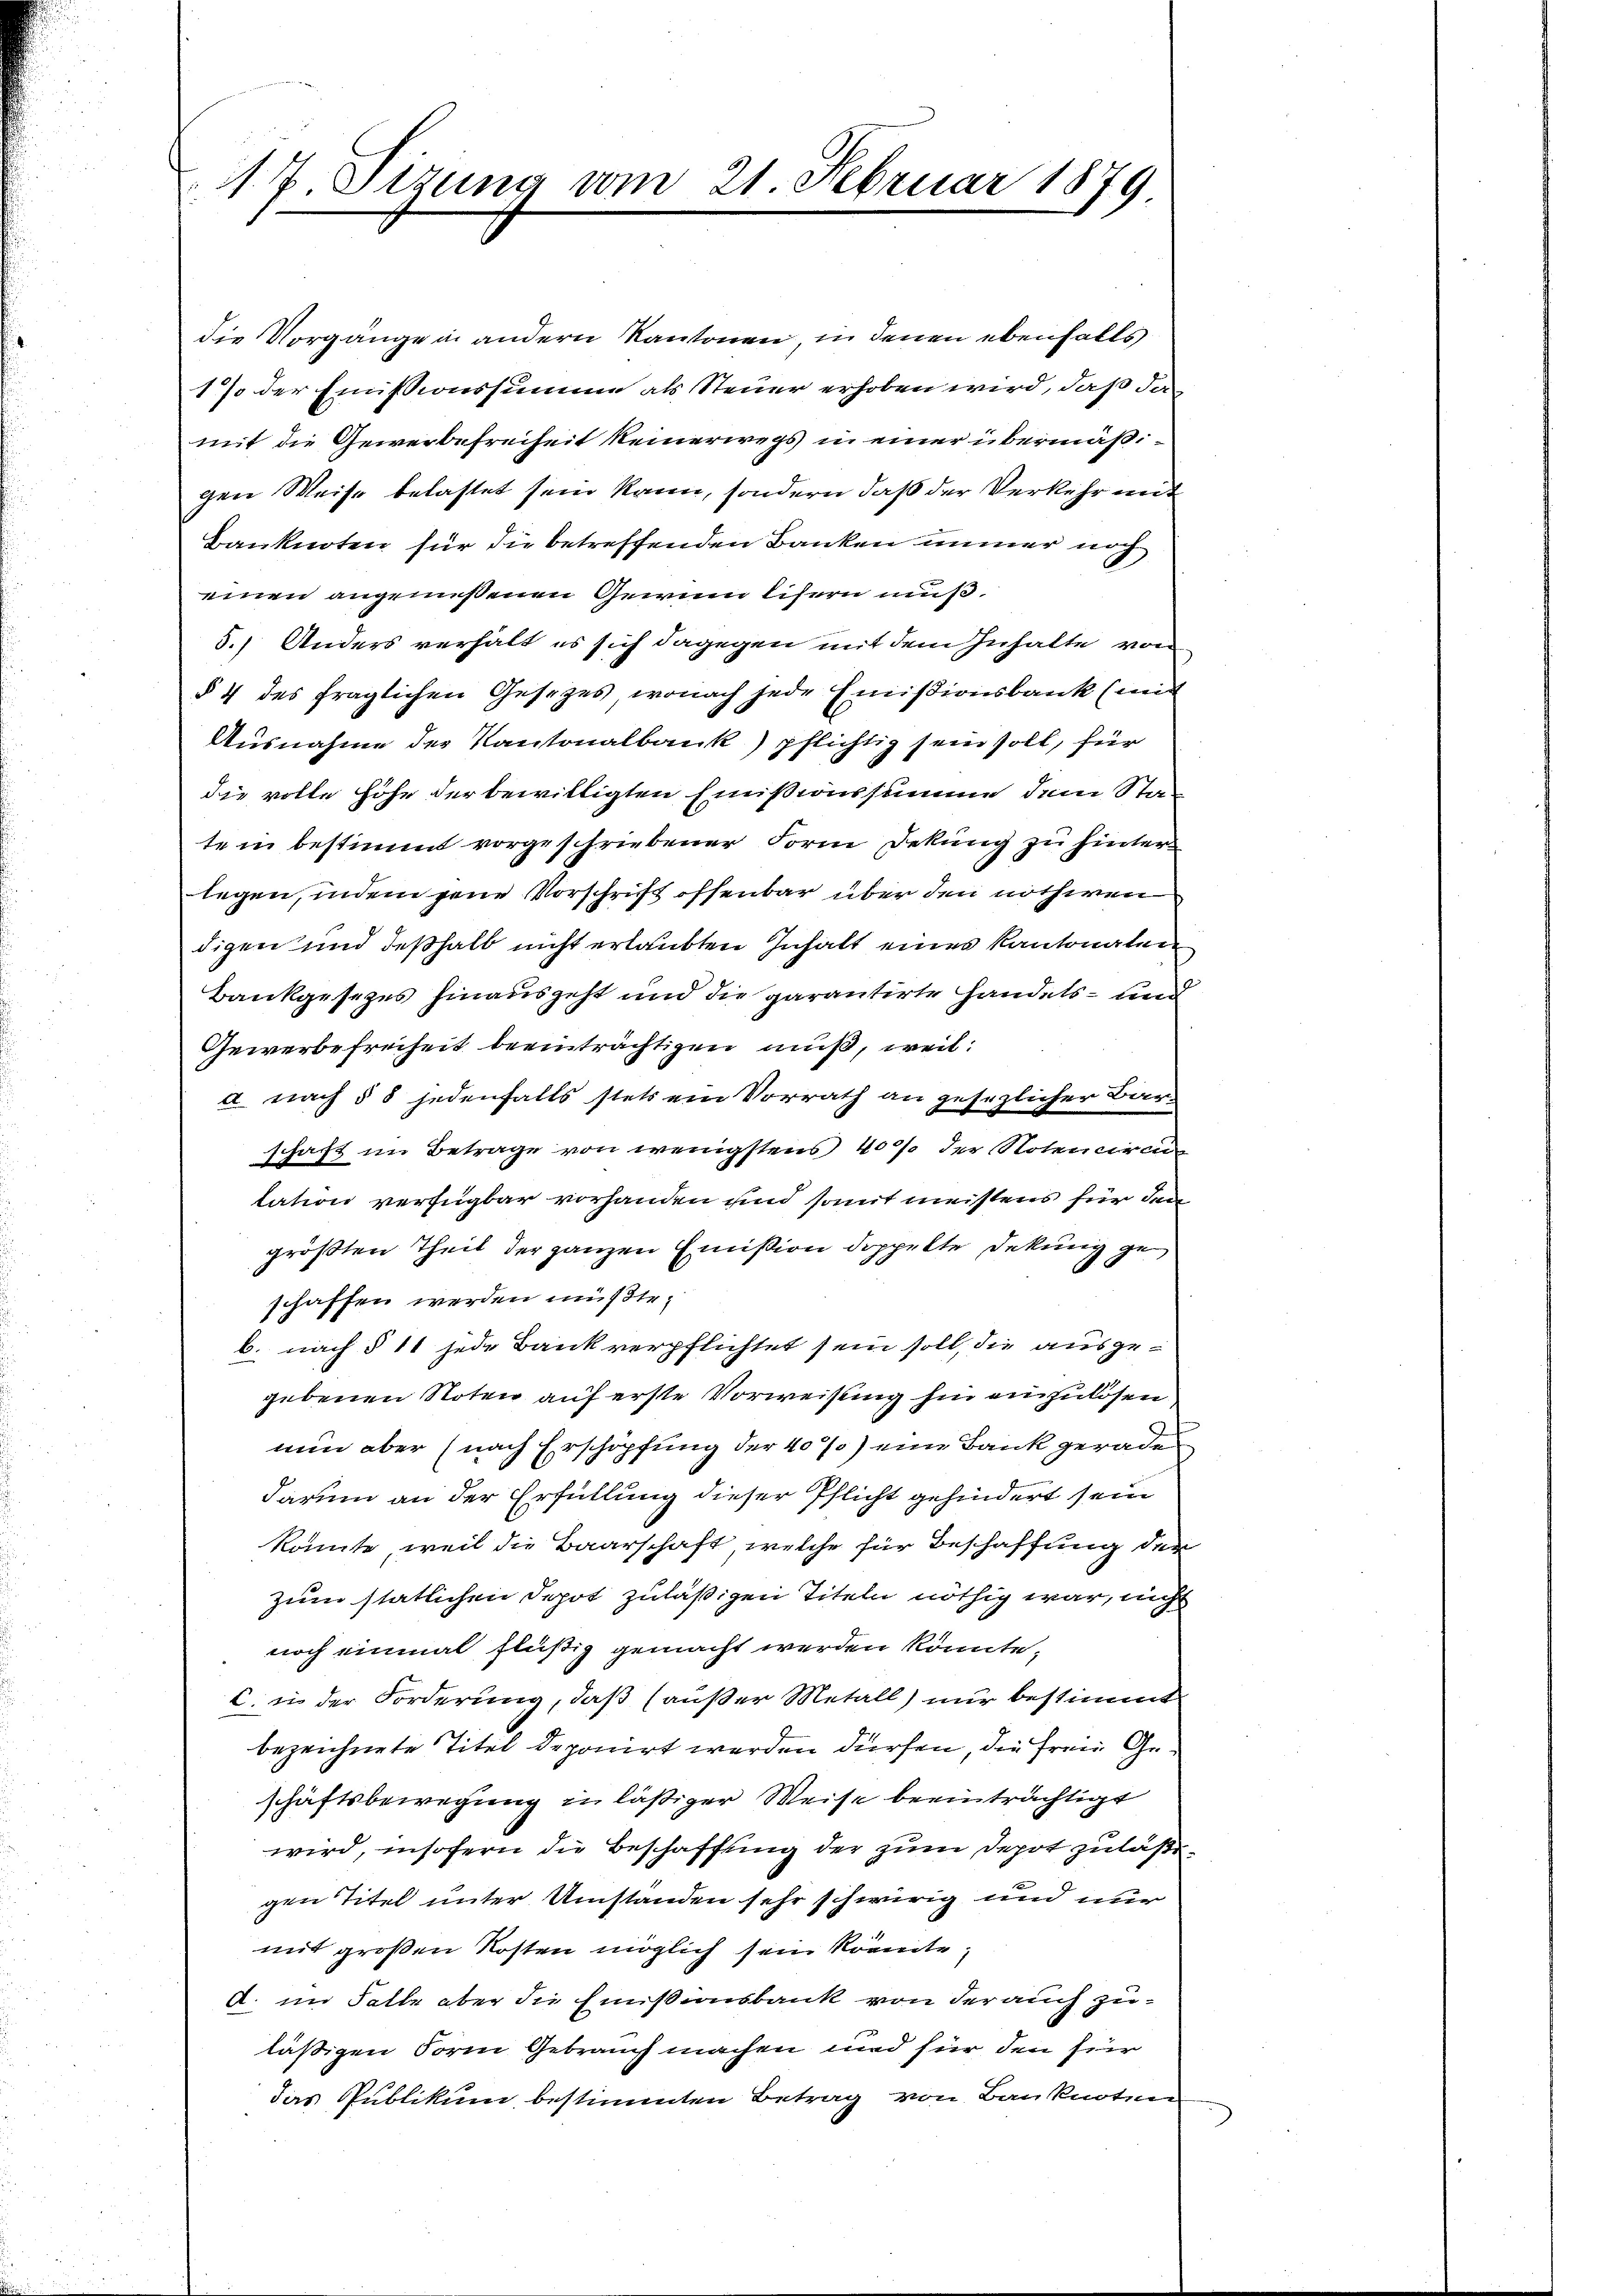
17 Sizung vom 21 Februar 1879

die Vorgänge in andern Kantonen, in denen ebenfalls
1% der Emissionssumme als Steuer erhoben wird, daß der
mit die Gewerbefreiheit keinerwegs in einer übermäßigen Weise belastet sein kann, sondern daß der Verkehr mit
Banknoten für die betreffenden Banken immer noch
einen angemeßenen Gewinn lisern muß,
5.) Anders verhält es sich dagegen mit dem Inhalte von
§ 4 des fraglichen Gesetzes, wonach jede Emissionsbank (mit
Ausnahme der Kantonalbank) pflichtig sein soll, für
die volle Höhe der bewilligten Emissionssumme dem Stad
te in bestimmt vorgeschriebener Form Dekung zu hinterlegen, indem gene Vorschrift offenbar über den nothwen
digen und deßhalb nicht erlaubten Inhalt eines Kantonalen
Bankgesezes hinausgeht und die garantirte Handels- und
Gewerbefreiheit beeinträchtigen muß, weil:
a nach § 8 jedenfalls stets ein Vorrath an gesezlicher Ban
schaft im Betrage von wenigstens 40% der Noten ciren
tation verfügbar vorhanden und somit meistens für dem
größten Theil der ganzen Emission doppelte Dekung geschaffen werden müßte;
b. nach § 11 jede Bank verpflichtet sein soll, die ausgegebenen Noten auf erste Vorweisung hin einzulösen,
nun aber (nach Erschöpfung der 40%) eine Bank gerade
darum an der Erfüllung dieser Pflicht gehindert sein
könnte, weil die Baarschaft, welche für Beschaffung der
zum statlichen Depot zuläßigen Titeln nöthig war, nicht
noch einmal flüßig gemacht werden könnte,
C. in der Forderung, daß außer Metall) nur bestimmt
bezeichnete Titel deponirt werden dürfen, die freie Geschäftsbewegung in läßiger Weise beeinträchtigt
wird, insofern die Beschaffung der zum Depot zuläßigen Titel unter Umstanden sehr schwirig und nur
mit großen Kosten möglich sein könnte,
A. im Falle aber die Einsinsbank von der auch zuläsigen Form Gebrauch machen und für den für
das Publikum bestimmten Betrag von Banknoten